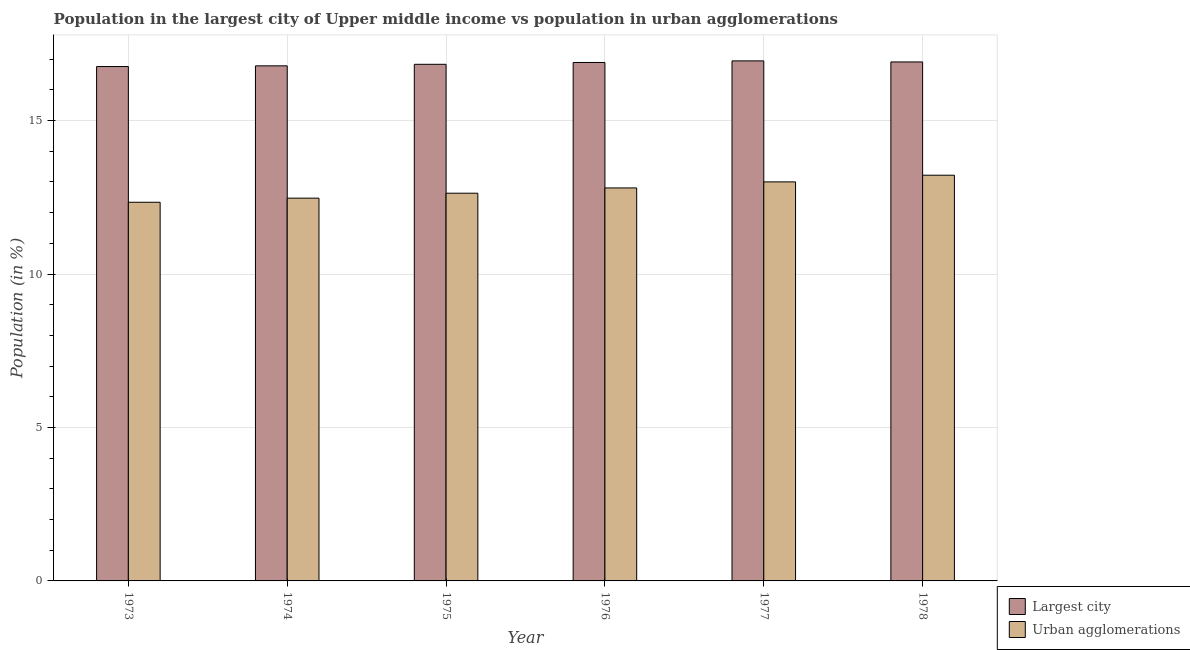
| Year | Largest city | Urban agglomerations |
 | --- | --- | --- |
 | 1973 | 16.8 | 12.3 |
 | 1974 | 16.8 | 12.5 |
 | 1975 | 16.8 | 12.6 |
 | 1976 | 16.9 | 12.8 |
 | 1977 | 16.9 | 13 |
 | 1978 | 16.9 | 13.2 |